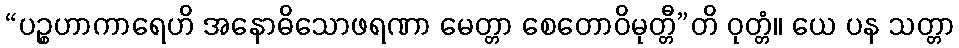
“ပဉ္စဟာကာရေဟိ အနောဓိသောဖရဏာ မေတ္တာ စေတောဝိမုတ္တီ”တိ ဝုတ္တံ။ ယေ ပန သတ္တာ